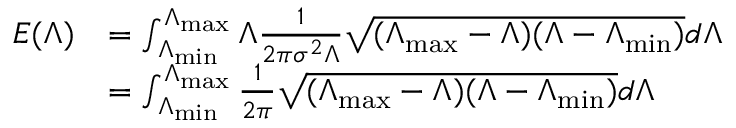
\begin{array} { r l } { E ( \Lambda ) } & { = \int _ { \Lambda _ { \operatorname* { m i n } } } ^ { \Lambda _ { \operatorname* { m a x } } } \Lambda \frac { 1 } { 2 \pi \sigma ^ { 2 } \Lambda } \sqrt { ( \Lambda _ { \operatorname* { m a x } } - \Lambda ) ( \Lambda - \Lambda _ { \operatorname* { m i n } } ) } d \Lambda } \\ & { = \int _ { \Lambda _ { \operatorname* { m i n } } } ^ { \Lambda _ { \operatorname* { m a x } } } \frac { 1 } { 2 \pi } \sqrt { ( \Lambda _ { \operatorname* { m a x } } - \Lambda ) ( \Lambda - \Lambda _ { \operatorname* { m i n } } ) } d \Lambda } \end{array}